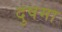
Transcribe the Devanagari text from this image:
दुषमा